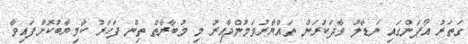
ގަތަރު އޯޕަންގައި ނަޑާލު ވާދަކުރަން ތައްޔާރުވަމުންދާއިރު މި މުބާރާތް ތިން ފަހަރު ކާމިޔާބުކޮށްފައިވާ